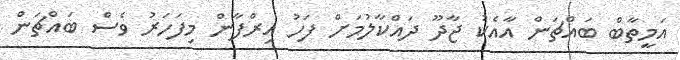
އަމީތާބް ބައްޗަން އާއެކު ޖާދޫ ދައްކާލުމަށް ފަހު އިރްފާން މިފަހަރު ވެސް ބައްޗަން